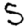
Digit: 5